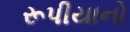
રૂપીયાનો